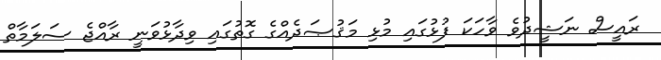
ރައީސް ނަޝީދުވެ ވާހަކަ ފުޅުގައި މުޅި މަޤުޞަދެއްގެ ގޮތުގައި ވިދާޅުވަނީ ރާއްޖެ ސަލަމާތް